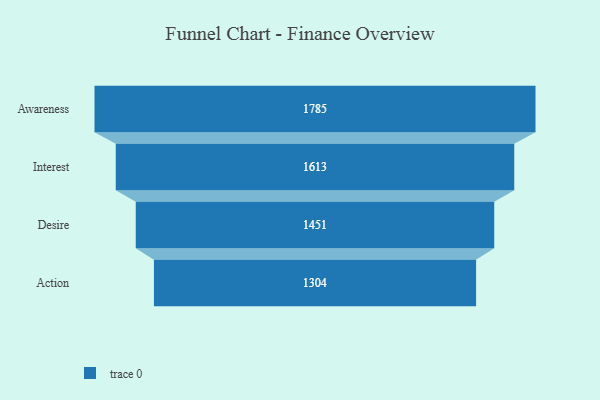
{"axis": {"x": "Stage", "y": "Value"}, "legend": [""], "data": [{"x": "Awareness", "y": 1785.0, "type": ""}, {"x": "Interest", "y": 1613.0, "type": ""}, {"x": "Desire", "y": 1451.0, "type": ""}, {"x": "Action", "y": 1304.0, "type": ""}]}